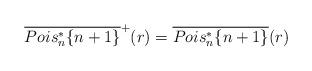
LaTeX: \begin{align*}\overline{Pois_n^*\{n+1\}}^+(r)=\overline{Pois_n^*\{n+1\}}(r)\end{align*}